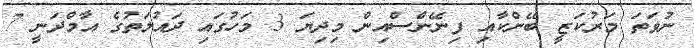
ނުވަތަ މަރުކަޒީ ބޭންކާއި ފިނޭންސްއިން މިދިޔަ 3 މަހުގައި ދައުލަތުގެ އާމްދަނީ 7